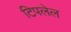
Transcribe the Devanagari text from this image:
टिपलेल